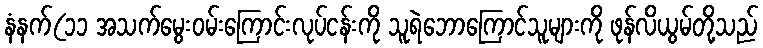
နံနက်(၁၁ အသက်မွေးဝမ်းကြောင်းလုပ်ငန်းကို သူရဲဘောကြောင်သူများကို ဖုန်လိယွမ်တို့သည်